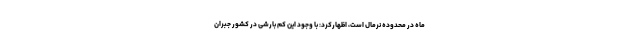
ماه در محدوده نرمال است، اظهارکرد: با وجود این کم بارشی در کشور جبران